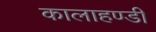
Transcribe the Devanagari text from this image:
कालाहण्डी